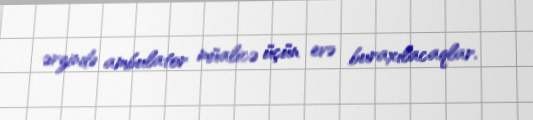
ərzində ambulator müalicə üçün evə buraxılacaqlar.